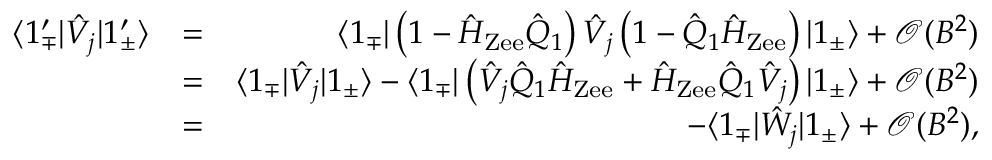
\begin{array} { r l r } { \langle 1 _ { \mp } ^ { \prime } | \hat { V } _ { j } | 1 _ { \pm } ^ { \prime } \rangle } & { = } & { \langle 1 _ { \mp } | \left( 1 - \hat { H } _ { \mathrm { Z e e } } \hat { Q } _ { 1 } \right) \hat { V } _ { j } \left( 1 - \hat { Q } _ { 1 } \hat { H } _ { \mathrm { Z e e } } \right) | 1 _ { \pm } \rangle + \mathcal { O } ( B ^ { 2 } ) } \\ & { = } & { \langle 1 _ { \mp } | \hat { V } _ { j } | 1 _ { \pm } \rangle - \langle 1 _ { \mp } | \left( \hat { V } _ { j } \hat { Q } _ { 1 } \hat { H } _ { \mathrm { Z e e } } + \hat { H } _ { \mathrm { Z e e } } \hat { Q } _ { 1 } \hat { V } _ { j } \right) | 1 _ { \pm } \rangle + \mathcal { O } ( B ^ { 2 } ) } \\ & { = } & { - \langle 1 _ { \mp } | { \hat { W } _ { j } } | 1 _ { \pm } \rangle + \mathcal { O } ( B ^ { 2 } ) , } \end{array}